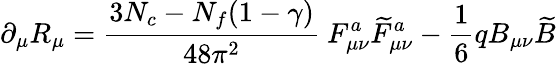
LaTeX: \partial_{\mu}R_{\mu}=\frac{3N_{c}-N_{f}(1-\gamma)}{48\pi^{2}}~F_{\mu\nu}^{a}\widetilde{F}_{\mu\nu}^{a}-\frac{1}{6}qB_{\mu\nu}\widetilde{B}